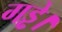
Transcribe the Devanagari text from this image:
गड्ढे।